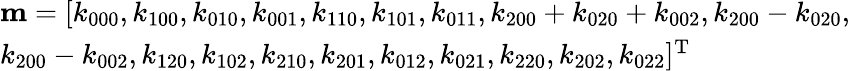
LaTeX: \begin{array}{l}{{\mathbf{m}}=[{k_{000}},{k_{100}},{k_{010}},{k_{001}},{k_{110}},{k_{101}},{k_{011}},{k_{200}}+{k_{020}}+{k_{002}},{k_{200}}-{k_{020}},}\\ {{k_{200}}-{k_{002}},{k_{120}},{k_{102}},{k_{210}},{k_{201}},{k_{012}},{k_{021}},{k_{220}},{k_{202}},{k_{022}}{]^{\mathrm{{T}}}}}\end{array}